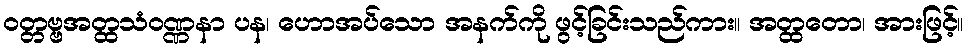
ဝတ္တဗ္ဗအတ္ထသံဝဏ္ဏနာ ပန၊ ဟောအပ်သော အနက်ကို ဖွင့်ခြင်းသည်ကား။ အတ္ထတော၊ အားဖြင့်။